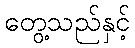
တွေ့သည်နှင့်